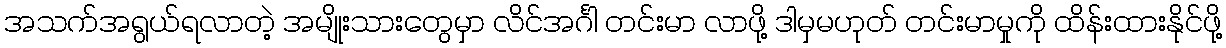
အသက်အရွယ်ရလာတဲ့ အမျိုးသားတွေမှာ လိင်အင်္ဂါ တင်းမာ လာဖို့ ဒါမှမဟုတ် တင်းမာမှုကို ထိန်းထားနိုင်ဖို့